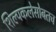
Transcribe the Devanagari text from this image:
शिल्पकलेसोबतच